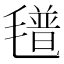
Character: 氆